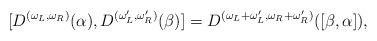
LaTeX: \begin{align*}[D^{(\omega_L,\omega_R)}(\alpha),D^{(\omega_L',\omega_R')}(\beta)]=D^{(\omega_L+\omega_L',\omega_R+\omega_R')}([\beta,\alpha]),\end{align*}